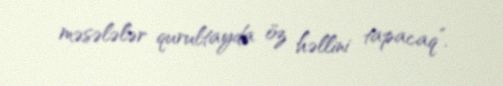
məsələlər qurultayda öz həllini tapacaq”.